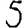
Digit: 5